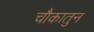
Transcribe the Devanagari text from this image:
चौकातुन